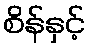
စိန်နှင့်